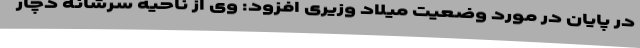
در پایان در مورد وضعیت میلاد وزیری افزود: وی از ناحیه سرشانه دچار